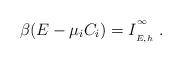
LaTeX: \begin{align*}\beta(E-\mu_{i}C_{i})=I_{\phantom{}_{E,h}}^{\phantom{}^\infty}\ .\end{align*}